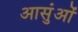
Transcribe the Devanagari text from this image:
आसुंओं